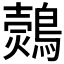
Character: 𪄗